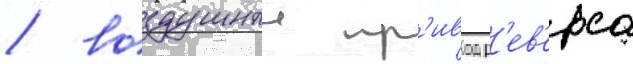
/ воздушныи пр'ивод р'ев'ерса